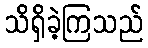
သိရှိခဲ့ကြသည်